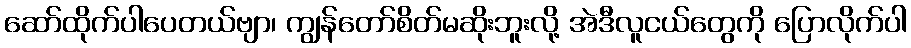
ဆော်ထိုက်ပါပေတယ်ဗျာ၊ ကျွန်တော်စိတ်မဆိုးဘူးလို့ အဲဒီလူငယ်တွေကို ပြောလိုက်ပါ